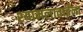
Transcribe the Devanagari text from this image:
श्यामलाताईंना